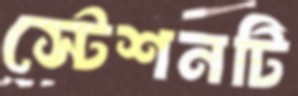
স্টেশনটি